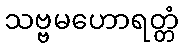
သဗ္ဗမဟောရတ္တံ